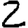
Digit: 2